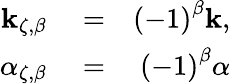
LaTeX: \begin{array}{rlr}{\mathbf{k}_{\zeta,\beta}}&{{}=}&{\left(-1\right)^{\beta}\mathbf{k},}\\ {\alpha_{\zeta,\beta}}&{{}=}&{\left(-1\right)^{\beta}\alpha}\end{array}